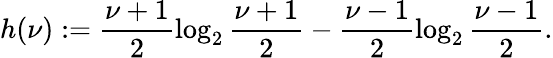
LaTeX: h(\nu):=\frac{\nu+1}{2}\log_{2}\frac{\nu+1}{2}-\frac{\nu-1}{2}\log_{2}\frac{\nu-1}{2}.